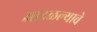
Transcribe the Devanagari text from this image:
आदळल्याचे